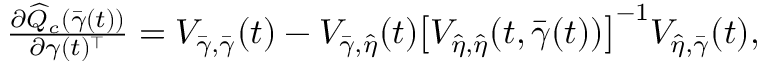
\begin{array} { r } { \frac { \partial \widehat { Q } _ { c } ( \bar { \gamma } ( t ) ) } { \partial \gamma ( t ) ^ { \top } } = V _ { \bar { \gamma } , \bar { \gamma } } ( t ) - V _ { \bar { \gamma } , \widehat \eta } ( t ) \big [ V _ { \widehat \eta , \widehat \eta } ( t , \bar { \gamma } ( t ) ) \big ] ^ { - 1 } V _ { \widehat \eta , \bar { \gamma } } ( t ) , } \end{array}